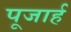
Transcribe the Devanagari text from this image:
पूजार्ह